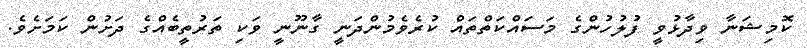
ކޮމިޝަނާ ވިދާޅުވީ ފުލުހުންގެ މަސައްކަތްތައް ކުރެވެމުންދަނީ ގާނޫނީ ވަކި ތަރުތީބެއްގެ ދަށުން ކަމަށެވެ.